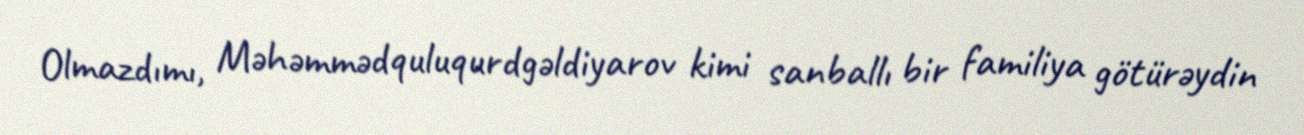
Olmazdımı, Məhəmmədquluqurdgəldiyarov kimi sanballı bir familiya götürəydin